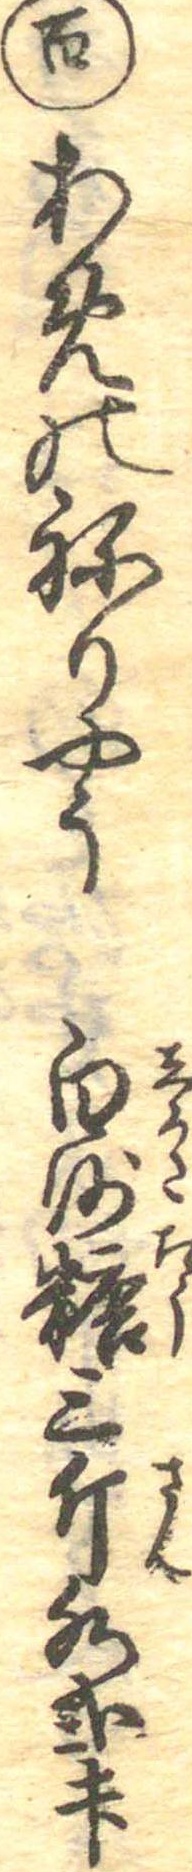
百あめのねりやう白沙糖三斤水弐升